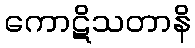
ကောဋိသတာနိ